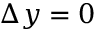
\Delta y = 0